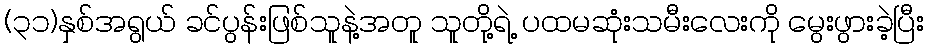
(၃၁)နှစ်အရွယ် ခင်ပွန်းဖြစ်သူနဲ့အတူ သူတို့ရဲ့ ပထမဆုံးသမီးလေးကို မွေးဖွားခဲ့ပြီး